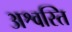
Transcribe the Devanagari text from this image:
अश्वस्ति